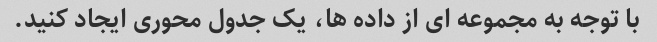
با توجه به مجموعه ای از داده ها، یک جدول محوری ایجاد کنید.